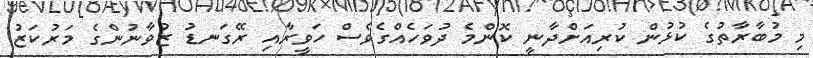
މި މުބާރާތުގެ ކުޅުން ކުރިއަށްދާނީ ކޮންމެ ދުވަހެއްގެވެސް ހަވީރާއި ރޭގަނޑު ޒުވާނުންގެ މަރުކަޒު